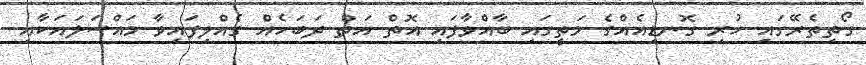
ގޯތިތެރޭގައި ހުރި ގޮނޑިއެއްގެ މަތީގައި ބާއްވާފައި އޮތް އަތް ދަބަހެއް ގެއްލިފައިވާ މައްސަލައަކާއި